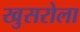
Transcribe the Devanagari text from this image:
खुसरोला